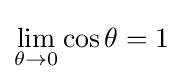
\lim _{\theta \to 0}{\cos \theta }=1